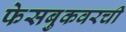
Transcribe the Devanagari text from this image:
फेसबुकवरची